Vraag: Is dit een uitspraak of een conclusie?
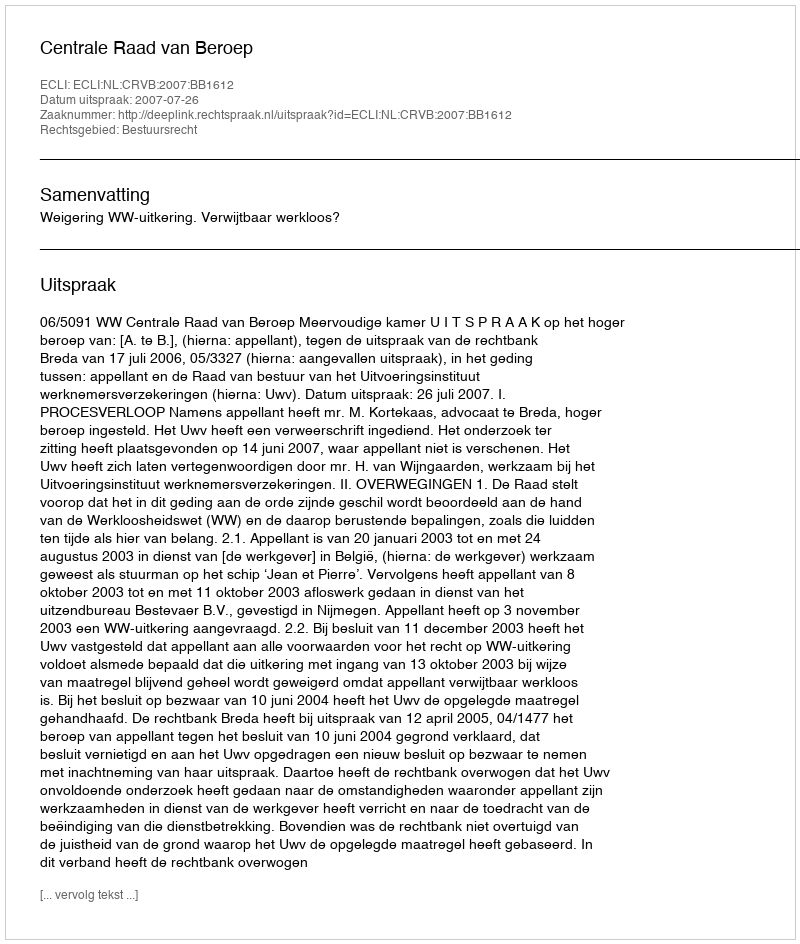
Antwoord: Uitspraak